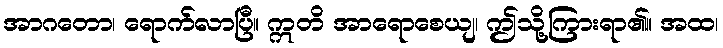
အာဂတော၊ ရောက်လာပြီ။ ဣတိ အာရောစေယျ၊ ဤသို့ကြားရာ၏။ အထ၊